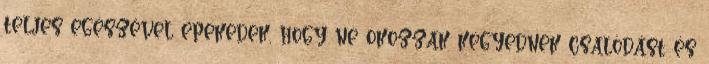
teljes egészével epekedek, hogy ne okozzak kegyednek csalódást és